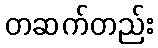
တဆက်တည်း